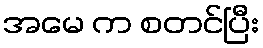
အမေ က စတင်ပြီး